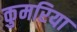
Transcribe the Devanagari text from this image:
कुमरिया